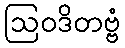
ဩဝဒိတဗ္ဗံ